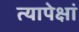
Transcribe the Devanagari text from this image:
त्यापेक्षां